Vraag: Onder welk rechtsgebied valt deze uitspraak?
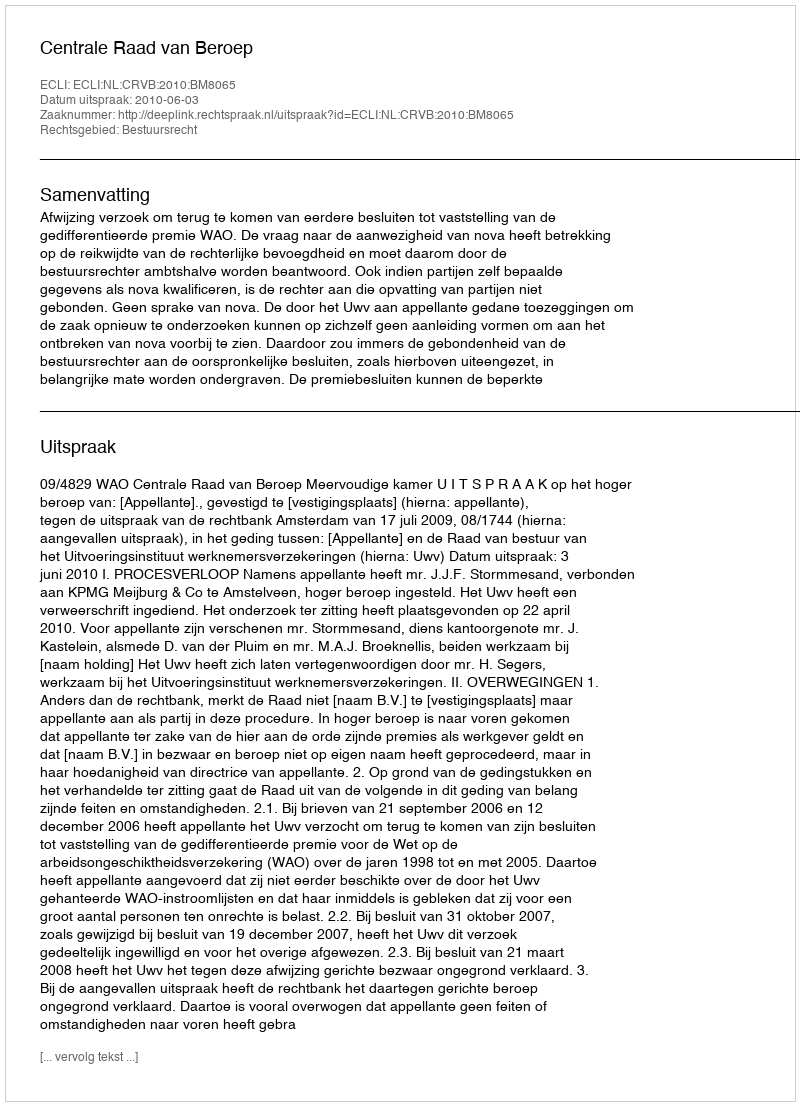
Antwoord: Bestuursrecht